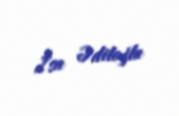
İsa Ədiloğlu